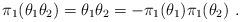
LaTeX: \begin{align*}\pi_1( \theta_{1} \theta_{2})= \theta_1 \theta_2= - \pi_1( \theta_{1}) \pi_1(\theta_{2})~.\end{align*}